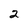
Character: 2